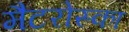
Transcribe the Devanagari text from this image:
मैटरोस्का